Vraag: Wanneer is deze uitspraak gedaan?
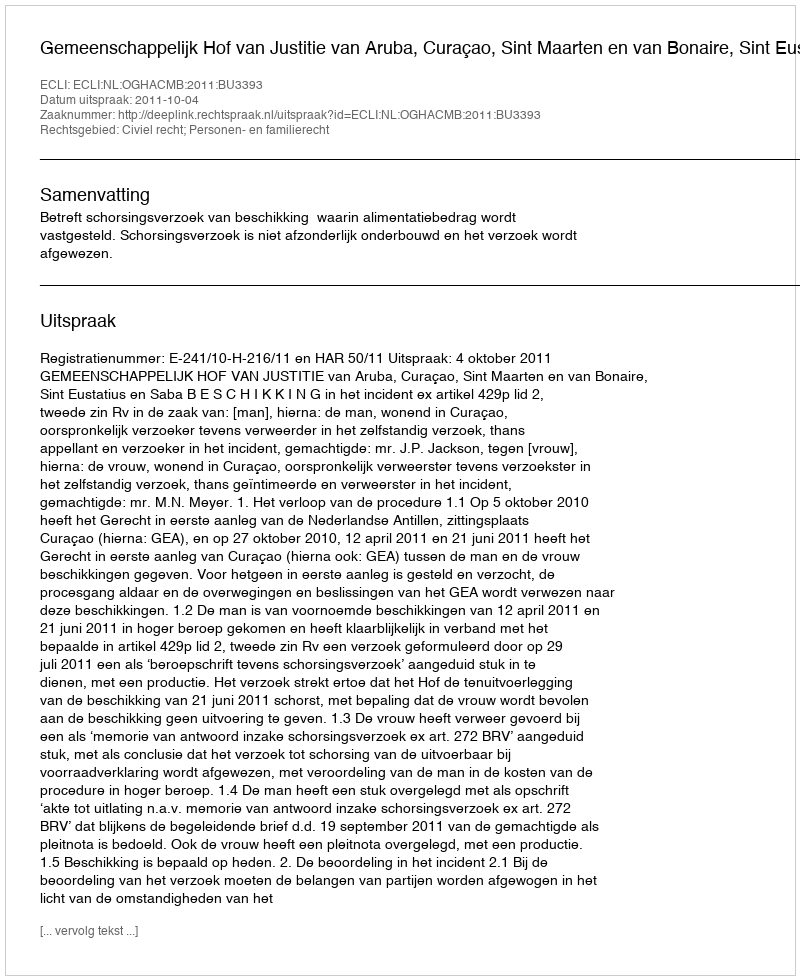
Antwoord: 2011-10-04